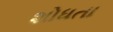
શોધતા